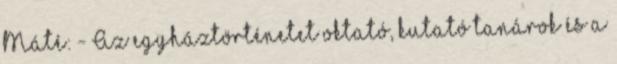
Máté: - Az egyháztörténetet oktató, kutató tanárok és a